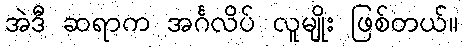
အဲဒီ ဆရာက အင်္ဂလိပ် လူမျိုး ဖြစ်တယ်။